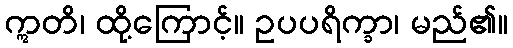
ဣတိ၊ ထို့ကြောင့်။ ဥပပရိက္ခာ၊ မည်၏။